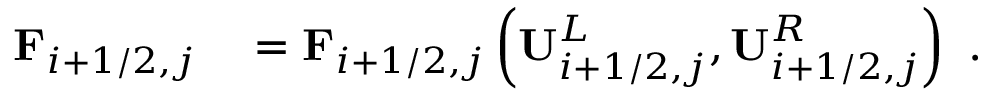
\begin{array} { r l } { \mathbf { F } _ { i + 1 / 2 , j } } & { { } = \mathbf { F } _ { i + 1 / 2 , j } \left( \mathbf { U } _ { i + 1 / 2 , j } ^ { L } , \mathbf { U } _ { i + 1 / 2 , j } ^ { R } \right) } \end{array} .